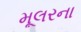
મૂલરના